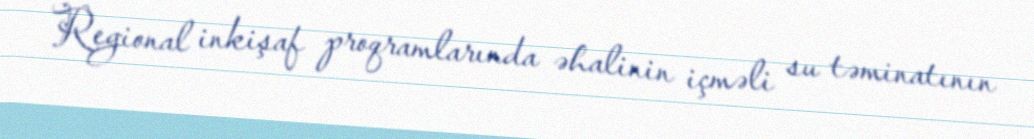
Regional inkişaf proqramlarında əhalinin içməli su təminatının